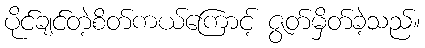
ပိုင်ချင်တဲ့စိတ်ကယ်ကြောင့် ဇွတ်မှိတ်ခဲ့သည်။